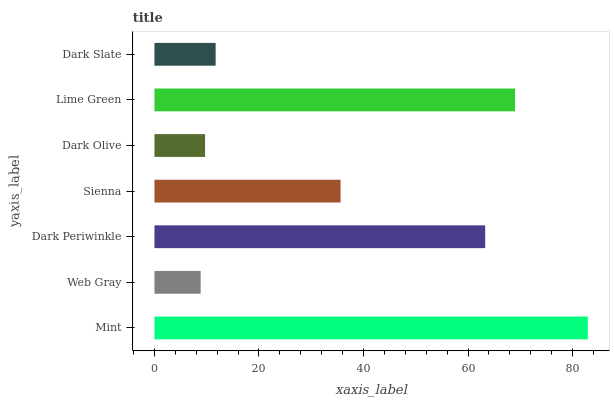
| yaxis_label | bars |
 | --- | --- |
 | Mint | 82.9 |
 | Web Gray | 8.84 |
 | Dark Periwinkle | 63.3 |
 | Sienna | 35.6 |
 | Dark Olive | 9.68 |
 | Lime Green | 69 |
 | Dark Slate | 11.7 |